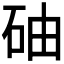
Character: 𥑤